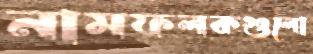
নামফলকগুলো